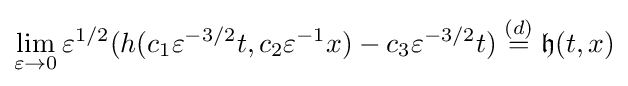
\lim \limits _{\varepsilon \to 0}\varepsilon ^{1/2}(h(c_{1}\varepsilon ^{-3/2}t,c_{2}\varepsilon ^{-1}x)-c_{3}\varepsilon ^{-3/2}t)\;{\stackrel {(d)}{=}}\;{\mathfrak {h}}(t,x)